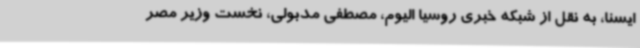
ایسنا، به نقل از شبکه خبری روسیا الیوم، مصطفی مدبولی، نخست وزیر مصر